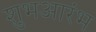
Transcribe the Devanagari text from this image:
शुभआरंभ